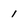
Character: 1